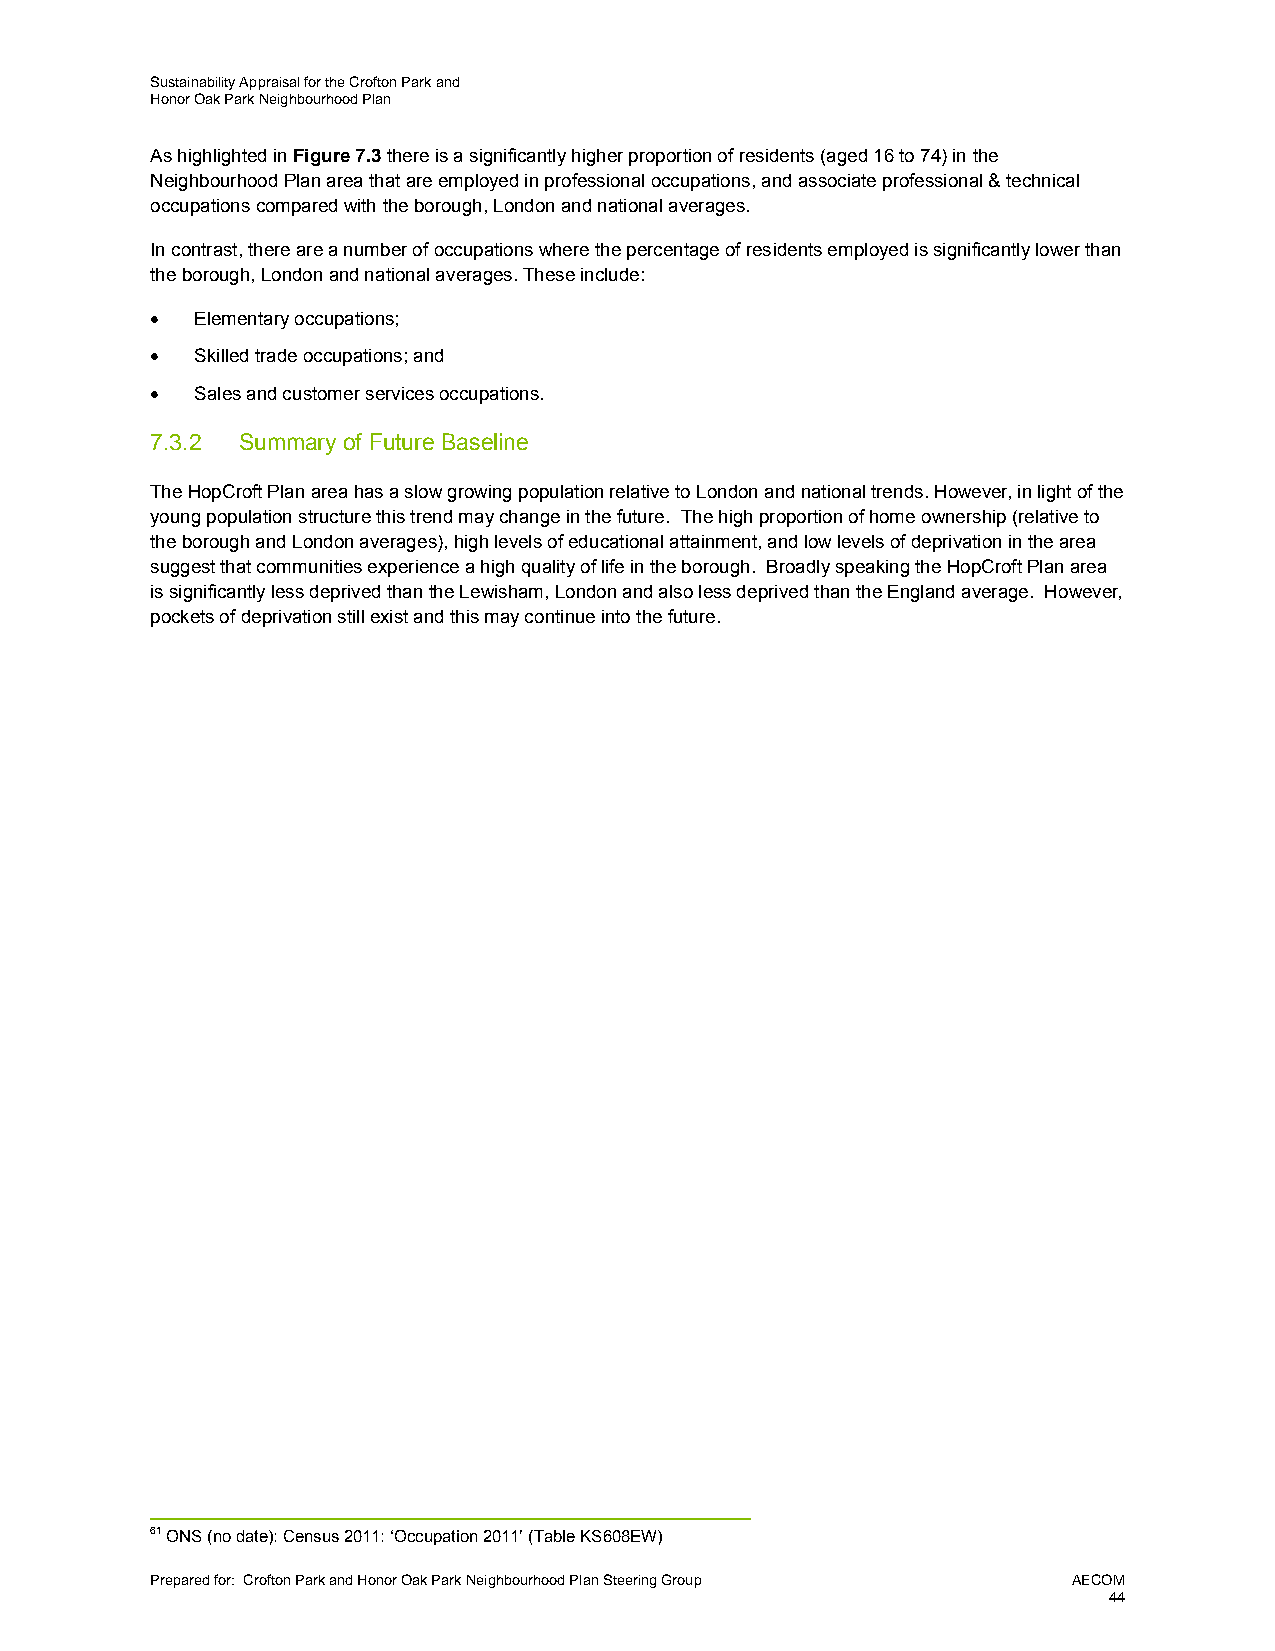
Sustainability Appraisal for the Crofton Park and
 Honor Oak Park Neighbourhood Plan
 As highlighted in Figure 7.3 there is a significantly higher proportion of residents (aged 16 to 74) in the
 Neighbourhood Plan area that are employed in professional occupations, and associate professional & technical
 occupations compared with the borough, London and national averages.
 In contrast, there are a number of occupations where the percentage of residents employed is significantly lower than
 the borough, London and national averages. These include:
   Elementary occupations;
   Skilled trade occupations; and
   Sales and customer services occupations.
 7.3.2 Summary of Future Baseline
 The HopCroft Plan area has a slow growing population relative to London and national trends. However, in light of the
 young population structure this trend may change in the future. The high proportion of home ownership (relative to
 the borough and London averages), high levels of educational attainment, and low levels of deprivation in the area
 suggest that communities experience a high quality of life in the borough. Broadly speaking the HopCroft Plan area
 is significantly less deprived than the Lewisham, London and also less deprived than the England average. However,
 pockets of deprivation still exist and this may continue into the future.
 61 ONS (no date): Census 2011: ‘Occupation 2011’ (Table KS608EW)
 Prepared for: Crofton Park and Honor Oak Park Neighbourhood Plan Steering Group AECOM
 44